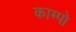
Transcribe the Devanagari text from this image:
काम्पो